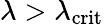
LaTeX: \lambda>\lambda_{\mathrm{crit}}